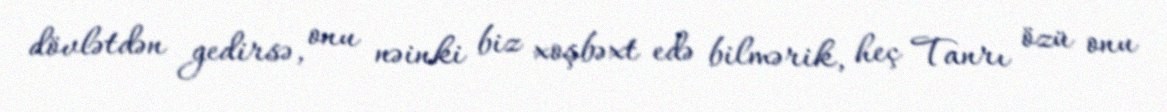
dövlətdən gedirsə, onu nəinki biz xoşbəxt edə bilmərik, heç Tanrı özü onu